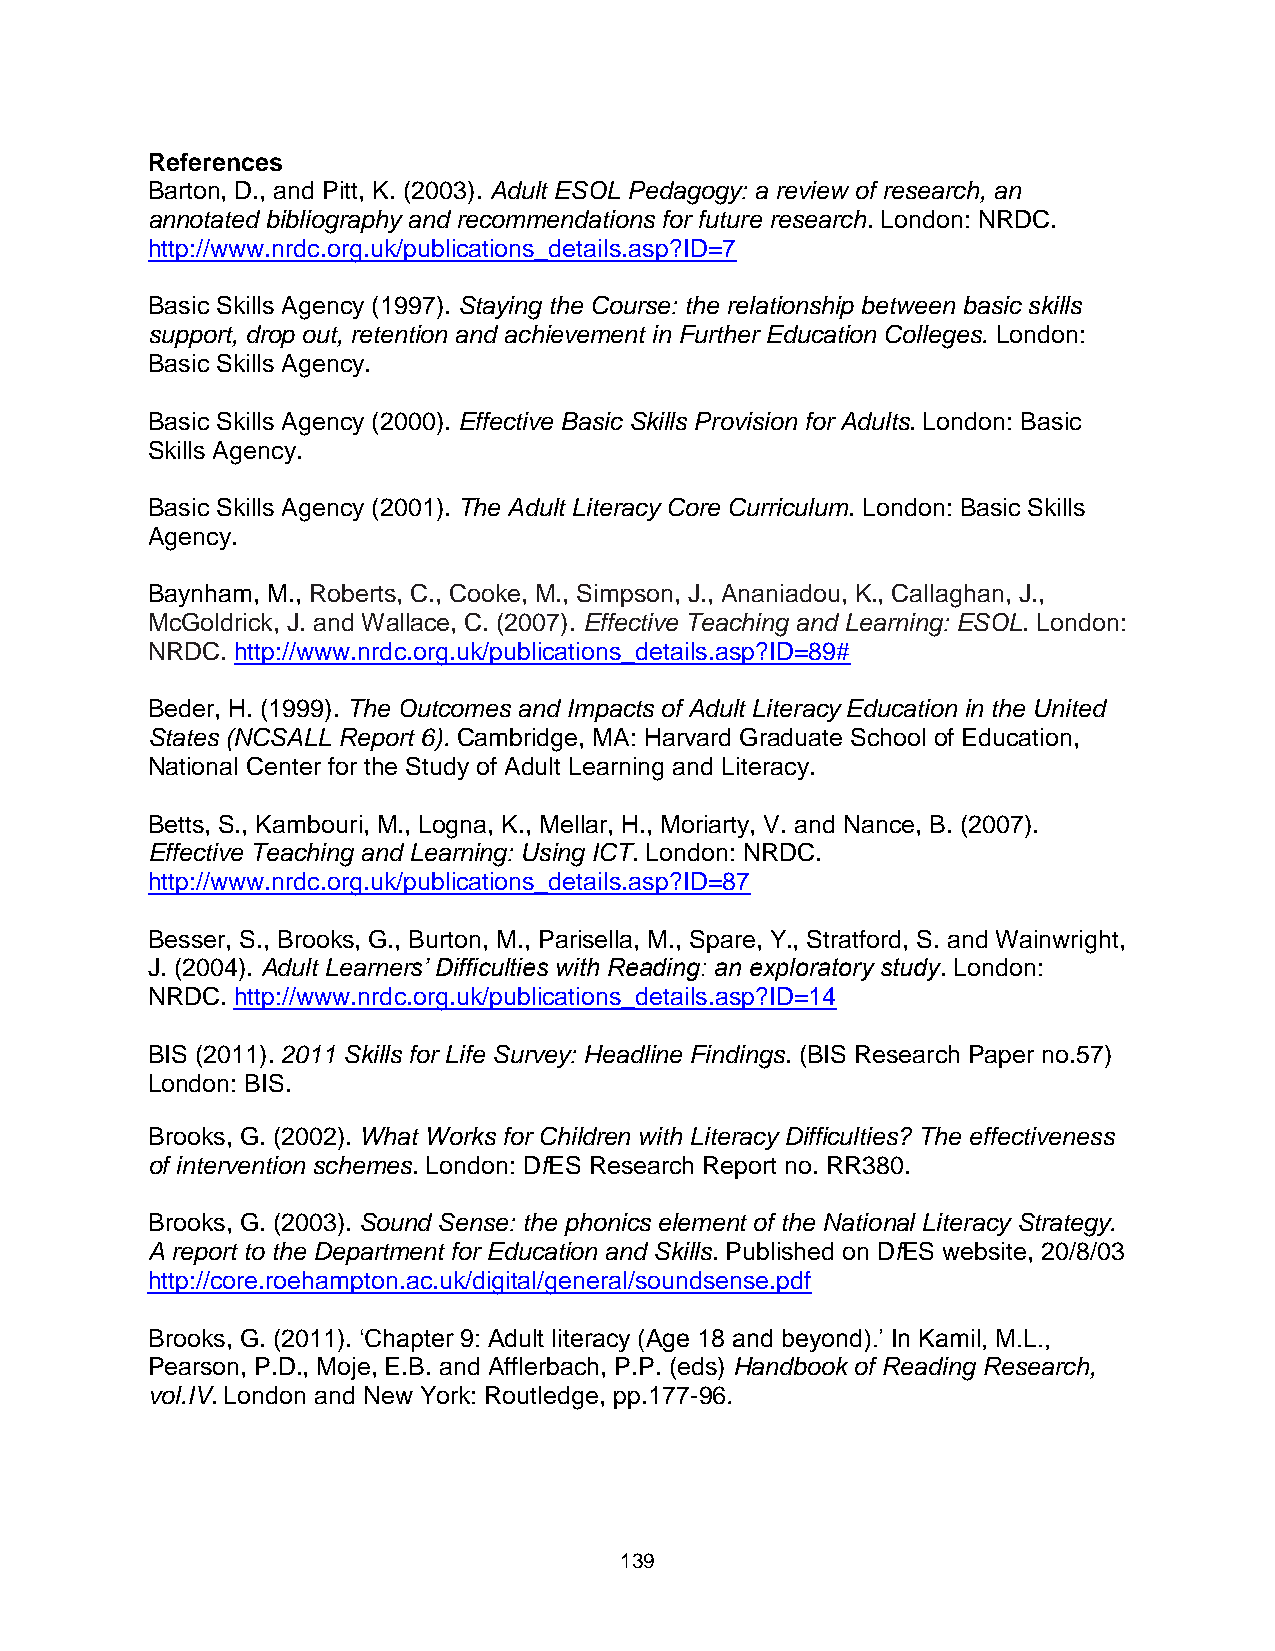
References
 Barton, D., and Pitt, K. (2003). Adult ESOL Pedagogy: a review of research, an
 annotated bibliography and recommendations for future research. London: NRDC.
 http://www.nrdc.org.uk/publications_details.asp?ID=7
 Basic Skills Agency (1997). Staying the Course: the relationship between basic skills
 support, drop out, retention and achievement in Further Education Colleges. London:
 Basic Skills Agency.
 Basic Skills Agency (2000). Effective Basic Skills Provision for Adults. London: Basic
 Skills Agency.
 Basic Skills Agency (2001). The Adult Literacy Core Curriculum. London: Basic Skills
 Agency.
 Baynham, M., Roberts, C., Cooke, M., Simpson, J., Ananiadou, K., Callaghan, J.,
 McGoldrick, J. and Wallace, C. (2007). Effective Teaching and Learning: ESOL. London:
 NRDC. http://www.nrdc.org.uk/publications_details.asp?ID=89#
 Beder, H. (1999). The Outcomes and Impacts of Adult Literacy Education in the United
 States (NCSALL Report 6). Cambridge, MA: Harvard Graduate School of Education,
 National Center for the Study of Adult Learning and Literacy.
 Betts, S., Kambouri, M., Logna, K., Mellar, H., Moriarty, V. and Nance, B. (2007).
 Effective Teaching and Learning: Using ICT. London: NRDC.
 http://www.nrdc.org.uk/publications_details.asp?ID=87
 Besser, S., Brooks, G., Burton, M., Parisella, M., Spare, Y., Stratford, S. and Wainwright,
 J. (2004). Adult Learners’ Difficulties with Reading: an exploratory study. London:
 NRDC. http://www.nrdc.org.uk/publications_details.asp?ID=14
 BIS (2011). 2011 Skills for Life Survey: Headline Findings. (BIS Research Paper no.57)
 London: BIS.
 Brooks, G. (2002). What Works for Children with Literacy Difficulties? The effectiveness
 of intervention schemes. London: DfES Research Report no. RR380.
 Brooks, G. (2003). Sound Sense: the phonics element of the National Literacy Strategy.
 A report to the Department for Education and Skills. Published on DfES website, 20/8/03
 http://core.roehampton.ac.uk/digital/general/soundsense.pdf
 Brooks, G. (2011). ‘Chapter 9: Adult literacy (Age 18 and beyond).’ In Kamil, M.L.,
 Pearson, P.D., Moje, E.B. and Afflerbach, P.P. (eds) Handbook of Reading Research,
 vol.IV. London and New York: Routledge, pp.177-96.
 139